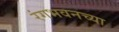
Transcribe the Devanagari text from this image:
रंगभवनच्या